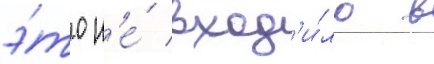
э́то н'е́ вход'и́ло в